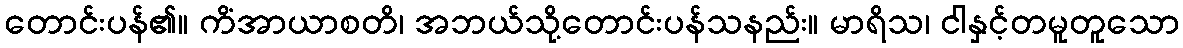
တောင်းပန်၏။ ကိံအာယာစတိ၊ အဘယ်သို့တောင်းပန်သနည်း။ မာရိသ၊ ငါနှင့်တမူတူသော